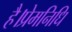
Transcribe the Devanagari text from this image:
है।प्रेमनिधि